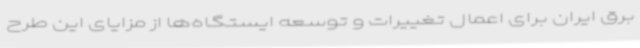
برق ایران برای اعمال تغییرات و توسعه ایستگاه‌ها از مزایای این طرح